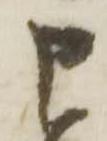
申